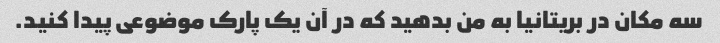
سه مکان در بریتانیا به من بدهید که در آن یک پارک موضوعی پیدا کنید.